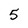
Character: 5